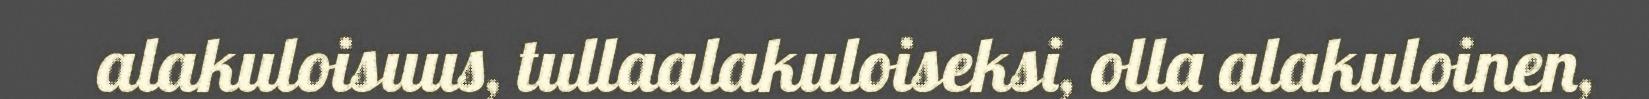
alakuloisuus, tullaalakuloiseksi, olla alakuloinen,